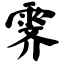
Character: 霁